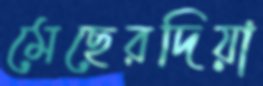
মেছেরদিয়া